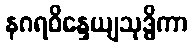
နဂရဝိန္ဒေယျသုဒ္ဓိကာ